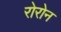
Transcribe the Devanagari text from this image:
रोरोन